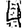
Digit: 4